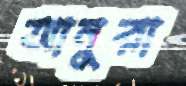
আনুরা